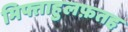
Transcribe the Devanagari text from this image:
मिफ्ताहुलफ़तह